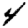
Digit: 4